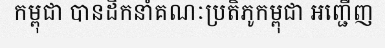
កម្ពុជា បានដឹកនាំគណៈប្រតិភូកម្ពុជា អញ្ជើញ